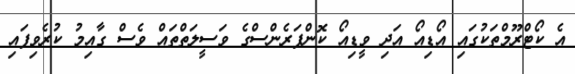
އެ ކޯޓްރޫމްތަކުގައި އޯޑިއޯ އަދި ވީޑިއޯ ކޮންފަރެންސްގެ ވަސީލަތްތައް ވެސް ގާއިމު ކުރެވިފައި